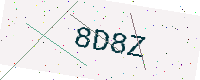
Text: 8D8Z